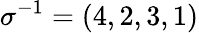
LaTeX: \sigma^{-1}=(4,2,3,1)